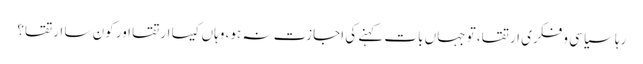
رہا سیاسی و فکری ارتقا، تو جہاں بات کہنے کی اجازت نہ ہو، وہاں کیسا ارتقا اور کون سا ارتقا؟